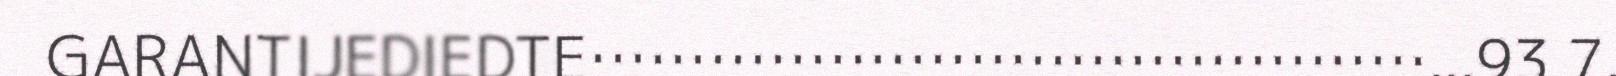
GARANTIJEDIEDTE……………………………………...93 7.